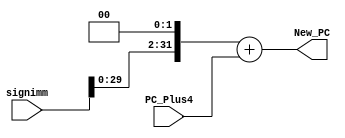


module PC_Branch(signimm,PC_Plus4,New_PC);
  
  input[31:0]signimm,PC_Plus4; // signed immediate and next program counter if there is no branch
  
  output[31:0]New_PC;//next program counter if there is a branch
  
  reg[31:0]New_PC; 
  
  always@(signimm,PC_Plus4)
  
  begin
  
  New_PC<=(signimm<<2)+PC_Plus4; //next program counter when branch take place
  
  
  end
  
  
  endmodule